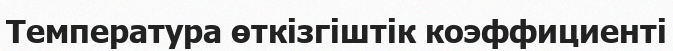
Температура өткізгіштік коэффициенті